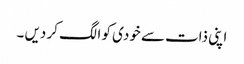
اپنی ذات سے خودی کو الگ کر دیں ۔